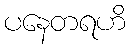
ပနေတရဟိ